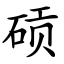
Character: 䂵